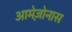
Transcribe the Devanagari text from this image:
आमेज़ोनास